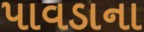
પાવડાના